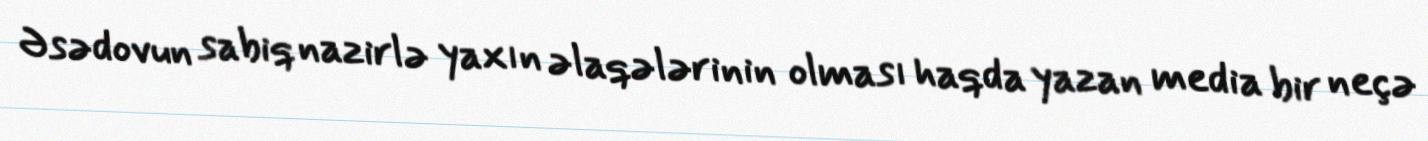
Əsədovun sabiq nazirlə yaxın əlaqələrinin olması haqda yazan media bir neçə